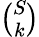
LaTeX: \textstyle{\binom{S}{k}}